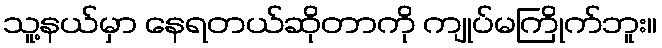
သူ့နယ်မှာ နေရတယ်ဆိုတာကို ကျုပ်မကြိုက်ဘူး။